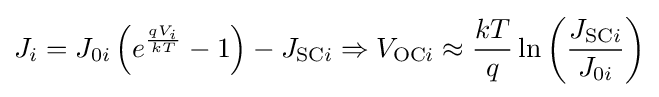
J_{i}=J_{0i}\left(e^{\frac {qV_{i}}{kT}}-1\right)-J_{{\text{SC}}i}\Rightarrow V_{{\text{OC}}i}\approx {\frac {kT}{q}}\ln \left({\frac {J_{{\text{SC}}i}}{J_{0i}}}\right)